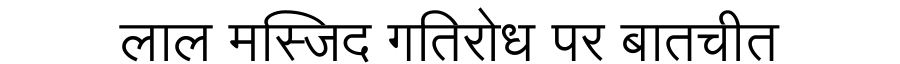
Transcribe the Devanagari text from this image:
लाल मस्जिद गतिरोध पर बातचीत